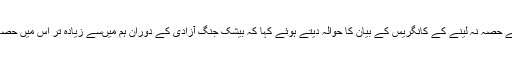
مودی نے جنگ آزادی میںکسی بی جے پی رہنما کے حصہ نہ لینے کے کانگریس کے بیان کا حوالہ دیتے ہوئے کہا کہ بیشک جنگ آزادی کے دوران ہم میںسے زیادہ تر اس میں حصہ نہ لے سکے لیکن ہم ملک کی خاطر جی رہے ہیں۔